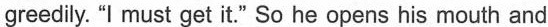
greedily. "I must get it." So he opens his mouth and